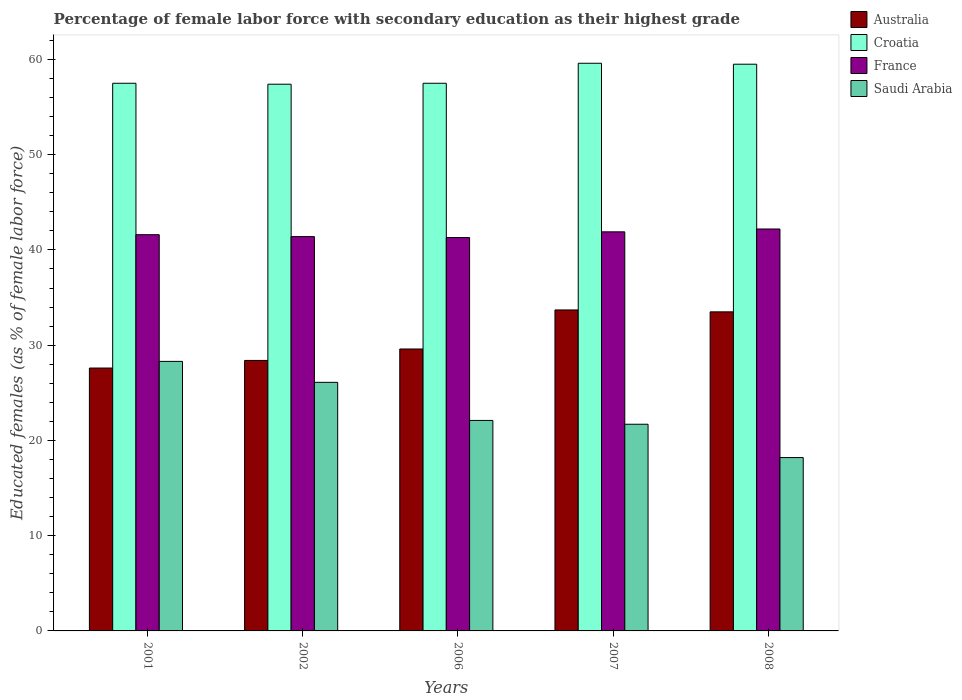
| Years | Australia | Croatia | France | Saudi Arabia |
 | --- | --- | --- | --- | --- |
 | 2001 | 27.6 | 57.5 | 41.6 | 28.3 |
 | 2002 | 28.4 | 57.4 | 41.4 | 26.1 |
 | 2006 | 29.6 | 57.5 | 41.3 | 22.1 |
 | 2007 | 33.7 | 59.6 | 41.9 | 21.7 |
 | 2008 | 33.5 | 59.5 | 42.2 | 18.2 |